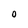
Character: O